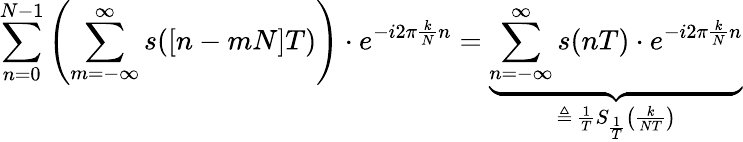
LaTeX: \sum_{n=0}^{N-1}\left(\sum_{m=-\infty}^{\infty}s([n-mN]T)\right)\cdot e^{-i2\pi{\frac{k}{N}}n}=\underbrace{\sum_{n=-\infty}^{\infty}s(nT)\cdot e^{-i2\pi{\frac{k}{N}}n}}_{\triangleq\, {\frac{1}{T}}S_{\frac{1}{T}}\left({\frac{k}{NT}}\right)}